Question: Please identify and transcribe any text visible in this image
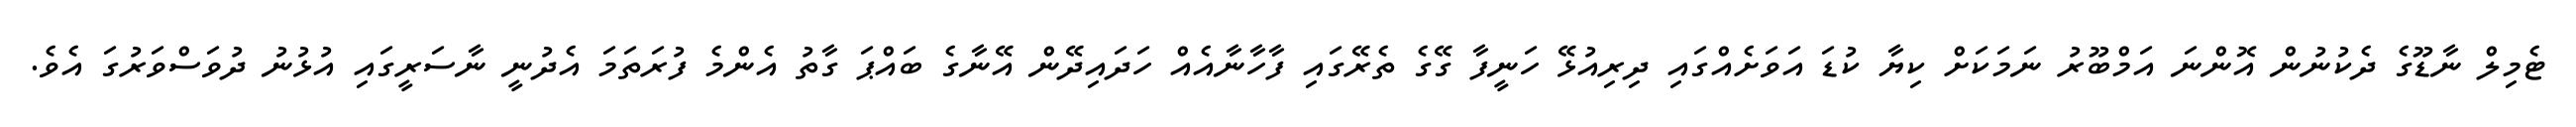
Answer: ޓެމިލް ނާޑޫގެ ދެކުނުން އޮންނަ އަމްބޫރު ނަމަކަށް ކިޔާ ކުޑަ އަވަށެއްގައި ދިރިއުޅޭ ހަނީފާ ގޭގެ ތެރޭގައި ފާހާނާއެއް ހަދައިދޭން އޭނާގެ ބައްޕަ ގާތު އެންމެ ފުރަތަމަ އެދުނީ ނާސަރީގައި އުޅުނު ދުވަސްވަރުގަ އެވެ.